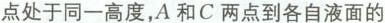
点处于同一高度，A和C两点到各自液面的